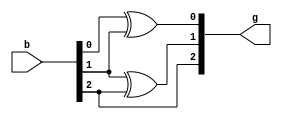
module btog_vector(b,g);
input [2:0] b;
output [2:0] g;
assign g[0] = b[0] ^ b[1];
assign g[1] = b[1] ^ b[2];
assign g[2] = b[2] ;
endmodule
//////////////////////////////////////////////////////////////////////////////////
module btog_vector_tb();
reg [2:0] b;
wire [2:0] g;
btog_vector b1(b,g);
initial
	begin
	for (b=0;b<8;b=b+1)
		begin
			$display ("The Gray Code equivalent for Binary Number %b is %b",b,g);
		#5;
		end
	end
initial
begin
#45 $stop;
end
endmodule